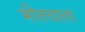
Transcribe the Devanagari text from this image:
भीतवाला